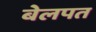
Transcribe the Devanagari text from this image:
बेलपत